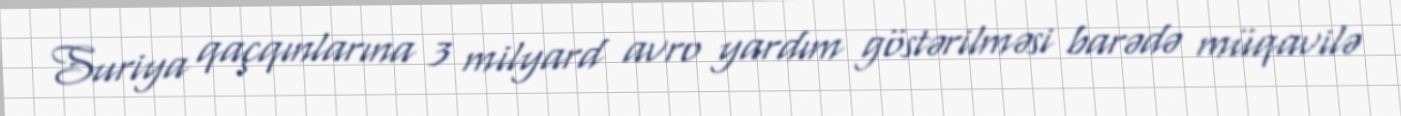
Suriya qaçqınlarına 3 milyard avro yardım göstərilməsi barədə müqavilə